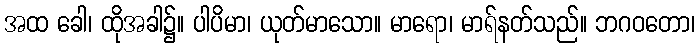
အထ ခေါ၊ ထိုအခါ၌။ ပါပိမာ၊ ယုတ်မာသော။ မာရော၊ မာရ်နတ်သည်။ ဘဂဝတော၊